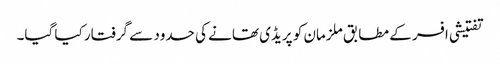
تفتیشی افسر کے مطابق ملزمان کو پریڈی تھانے کی حدود سے گرفتار کیا گیا۔